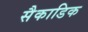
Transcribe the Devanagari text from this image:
सैकाडिक